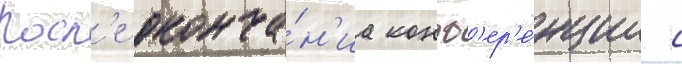
Посл'е оконча́н'иа конф'ер'е́нции с